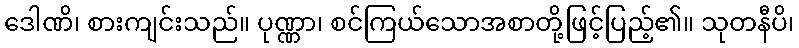
ဒေါဏိ၊ စားကျင်းသည်။ ပုဏ္ဏာ၊ စင်ကြယ်သောအစာတို့ဖြင့်ပြည့်၏။ သုတနီပိ၊